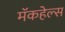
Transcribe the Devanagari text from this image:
मॅकहेल्स